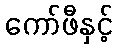
ကော်ဖီနှင့်